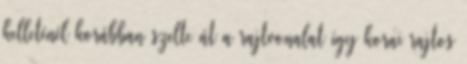
kelleténél korábban szelte át a rajtvonalat így korai rajtos